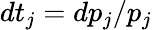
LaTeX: dt_{j}=dp_{j}/p_{j}